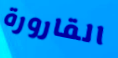
القارورة